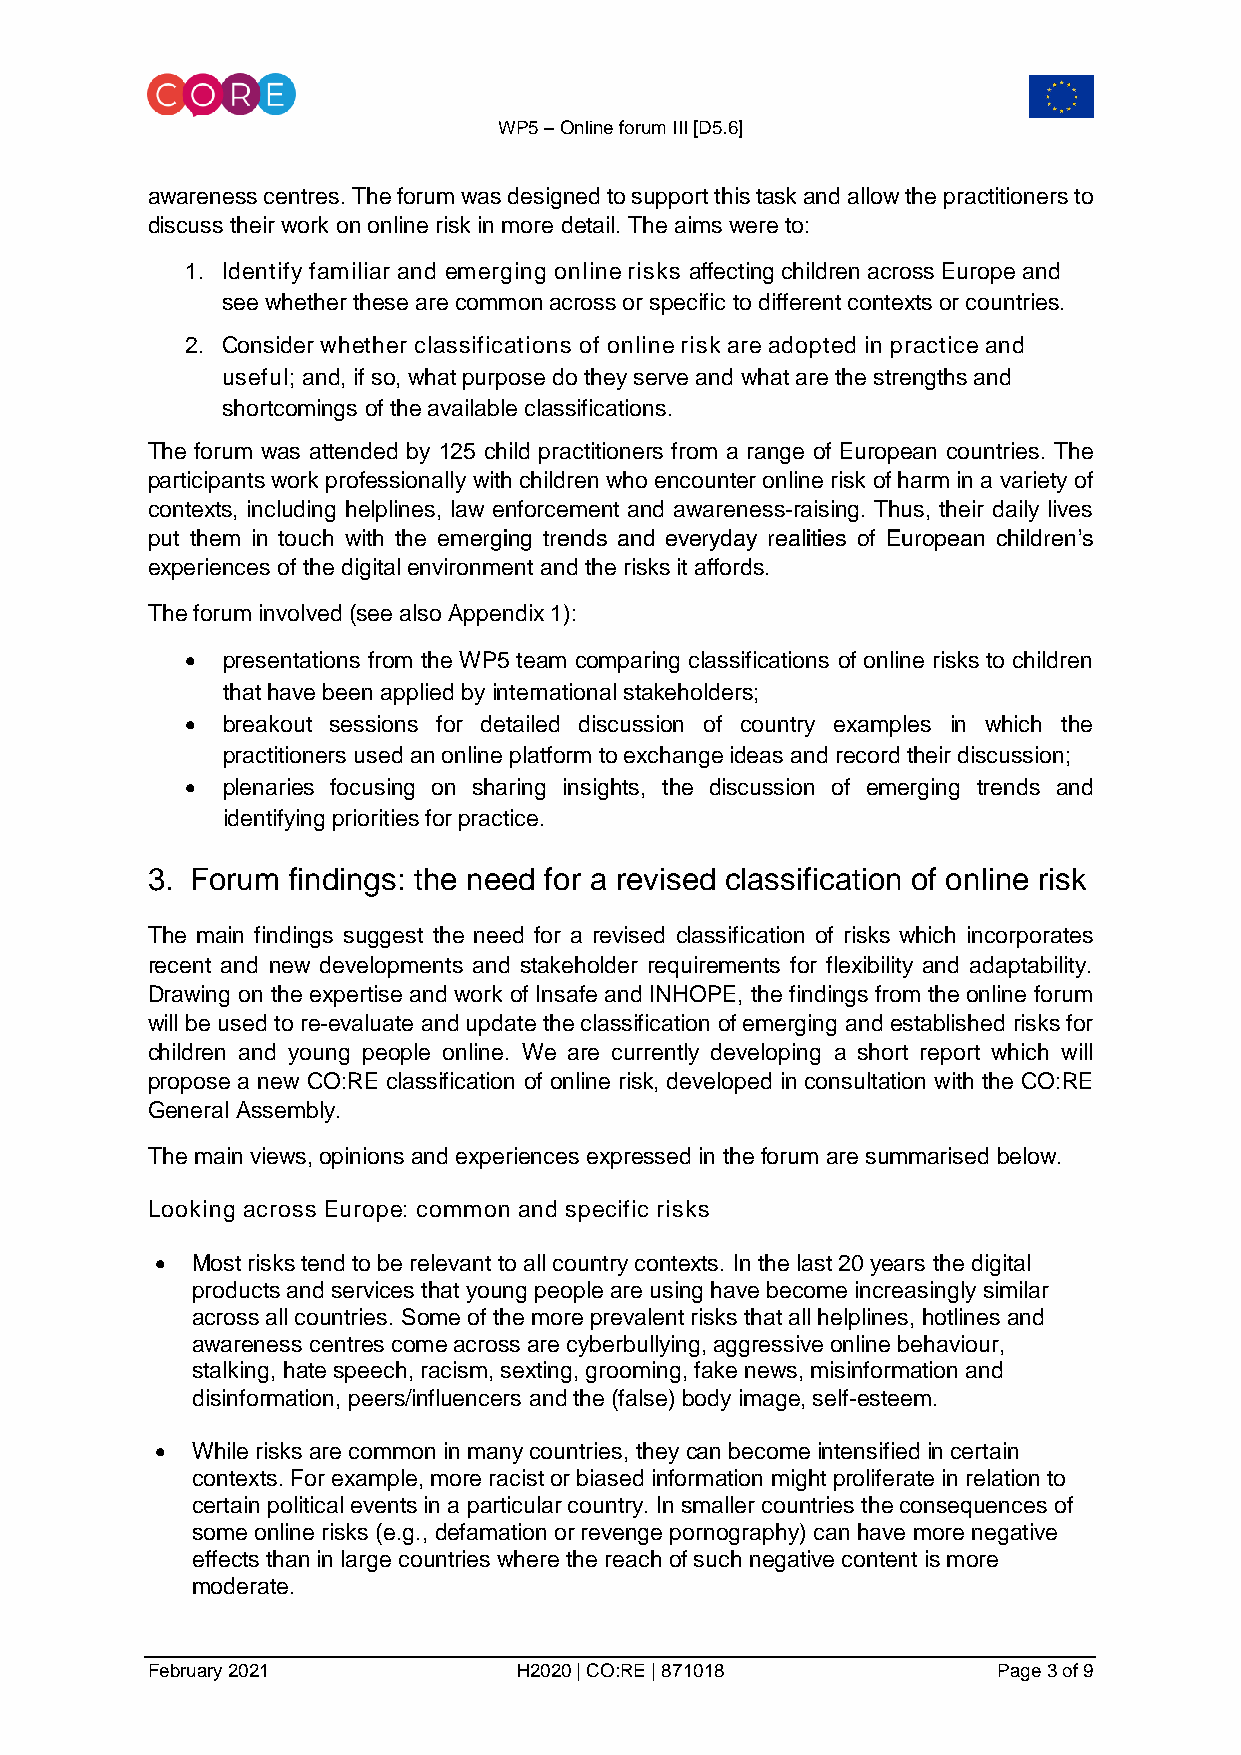
WP5 – Online forum III [D5.6]
 awareness centres. The forum was designed to support this task and allow the practitioners to
 discuss their work on online risk in more detail. The aims were to:
 1. Identify familiar and emerging online risks affecting children across Europe and
 see whether these are common across or specific to different contexts or countries.
 2. Consider whether classifications of online risk are adopted in practice and
 useful; and, if so, what purpose do they serve and what are the strengths and
 shortcomings of the available classifications.
 The forum was attended by 125 child practitioners from a range of European countries. The
 participants work professionally with children who encounter online risk of harm in a variety of
 contexts, including helplines, law enforcement and awareness-raising. Thus, their daily lives
 put them in touch with the emerging trends and everyday realities of European children’s
 experiences of the digital environment and the risks it affords.
 The forum involved (see also Appendix 1):
   presentations from the WP5 team comparing classifications of online risks to children
 that have been applied by international stakeholders;
   breakout sessions for detailed discussion of country examples in which the
 practitioners used an online platform to exchange ideas and record their discussion;
   plenaries focusing on sharing insights, the discussion of emerging trends and
 identifying priorities for practice.
 3. Forum findings: the need for a revised classification of online risk
 The main findings suggest the need for a revised classification of risks which incorporates
 recent and new developments and stakeholder requirements for flexibility and adaptability.
 Drawing on the expertise and work of Insafe and INHOPE, the findings from the online forum
 will be used to re-evaluate and update the classification of emerging and established risks for
 children and young people online. We are currently developing a short report which will
 propose a new CO:RE classification of online risk, developed in consultation with the CO:RE
 General Assembly.
 The main views, opinions and experiences expressed in the forum are summarised below.
 Looking across Europe: common and specific risks
   Most risks tend to be relevant to all country contexts. In the last 20 years the digital
 products and services that young people are using have become increasingly similar
 across all countries. Some of the more prevalent risks that all helplines, hotlines and
 awareness centres come across are cyberbullying, aggressive online behaviour,
 stalking, hate speech, racism, sexting, grooming, fake news, misinformation and
 disinformation, peers/influencers and the (false) body image, self-esteem.
   While risks are common in many countries, they can become intensified in certain
 contexts. For example, more racist or biased information might proliferate in relation to
 certain political events in a particular country. In smaller countries the consequences of
 some online risks (e.g., defamation or revenge pornography) can have more negative
 effects than in large countries where the reach of such negative content is more
 moderate.
 February 2021           H2020 | CO:RE | 871018          Page 3 of 9